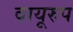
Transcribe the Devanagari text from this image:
वायूरुप